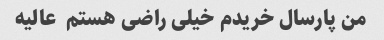
من پارسال خریدم خیلی راضی هستم  عالیه